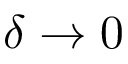
\delta \rightarrow 0